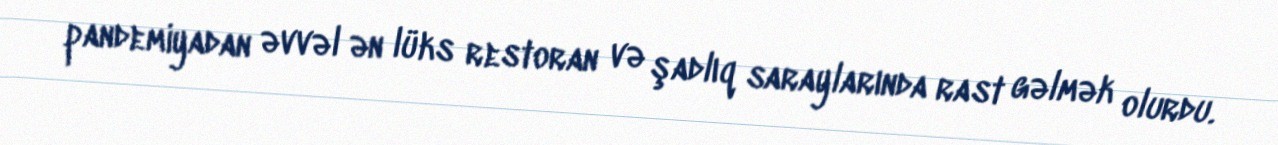
pandemiyadan əvvəl ən lüks restoran və şadlıq saraylarında rast gəlmək olurdu.